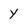
Character: y